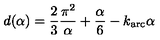
d ( \alpha ) = \frac { 2 } { 3 } \frac { \pi ^ { 2 } } { \alpha } + \frac { \alpha } { 6 } - k _ { \mathrm { a r c } } \alpha